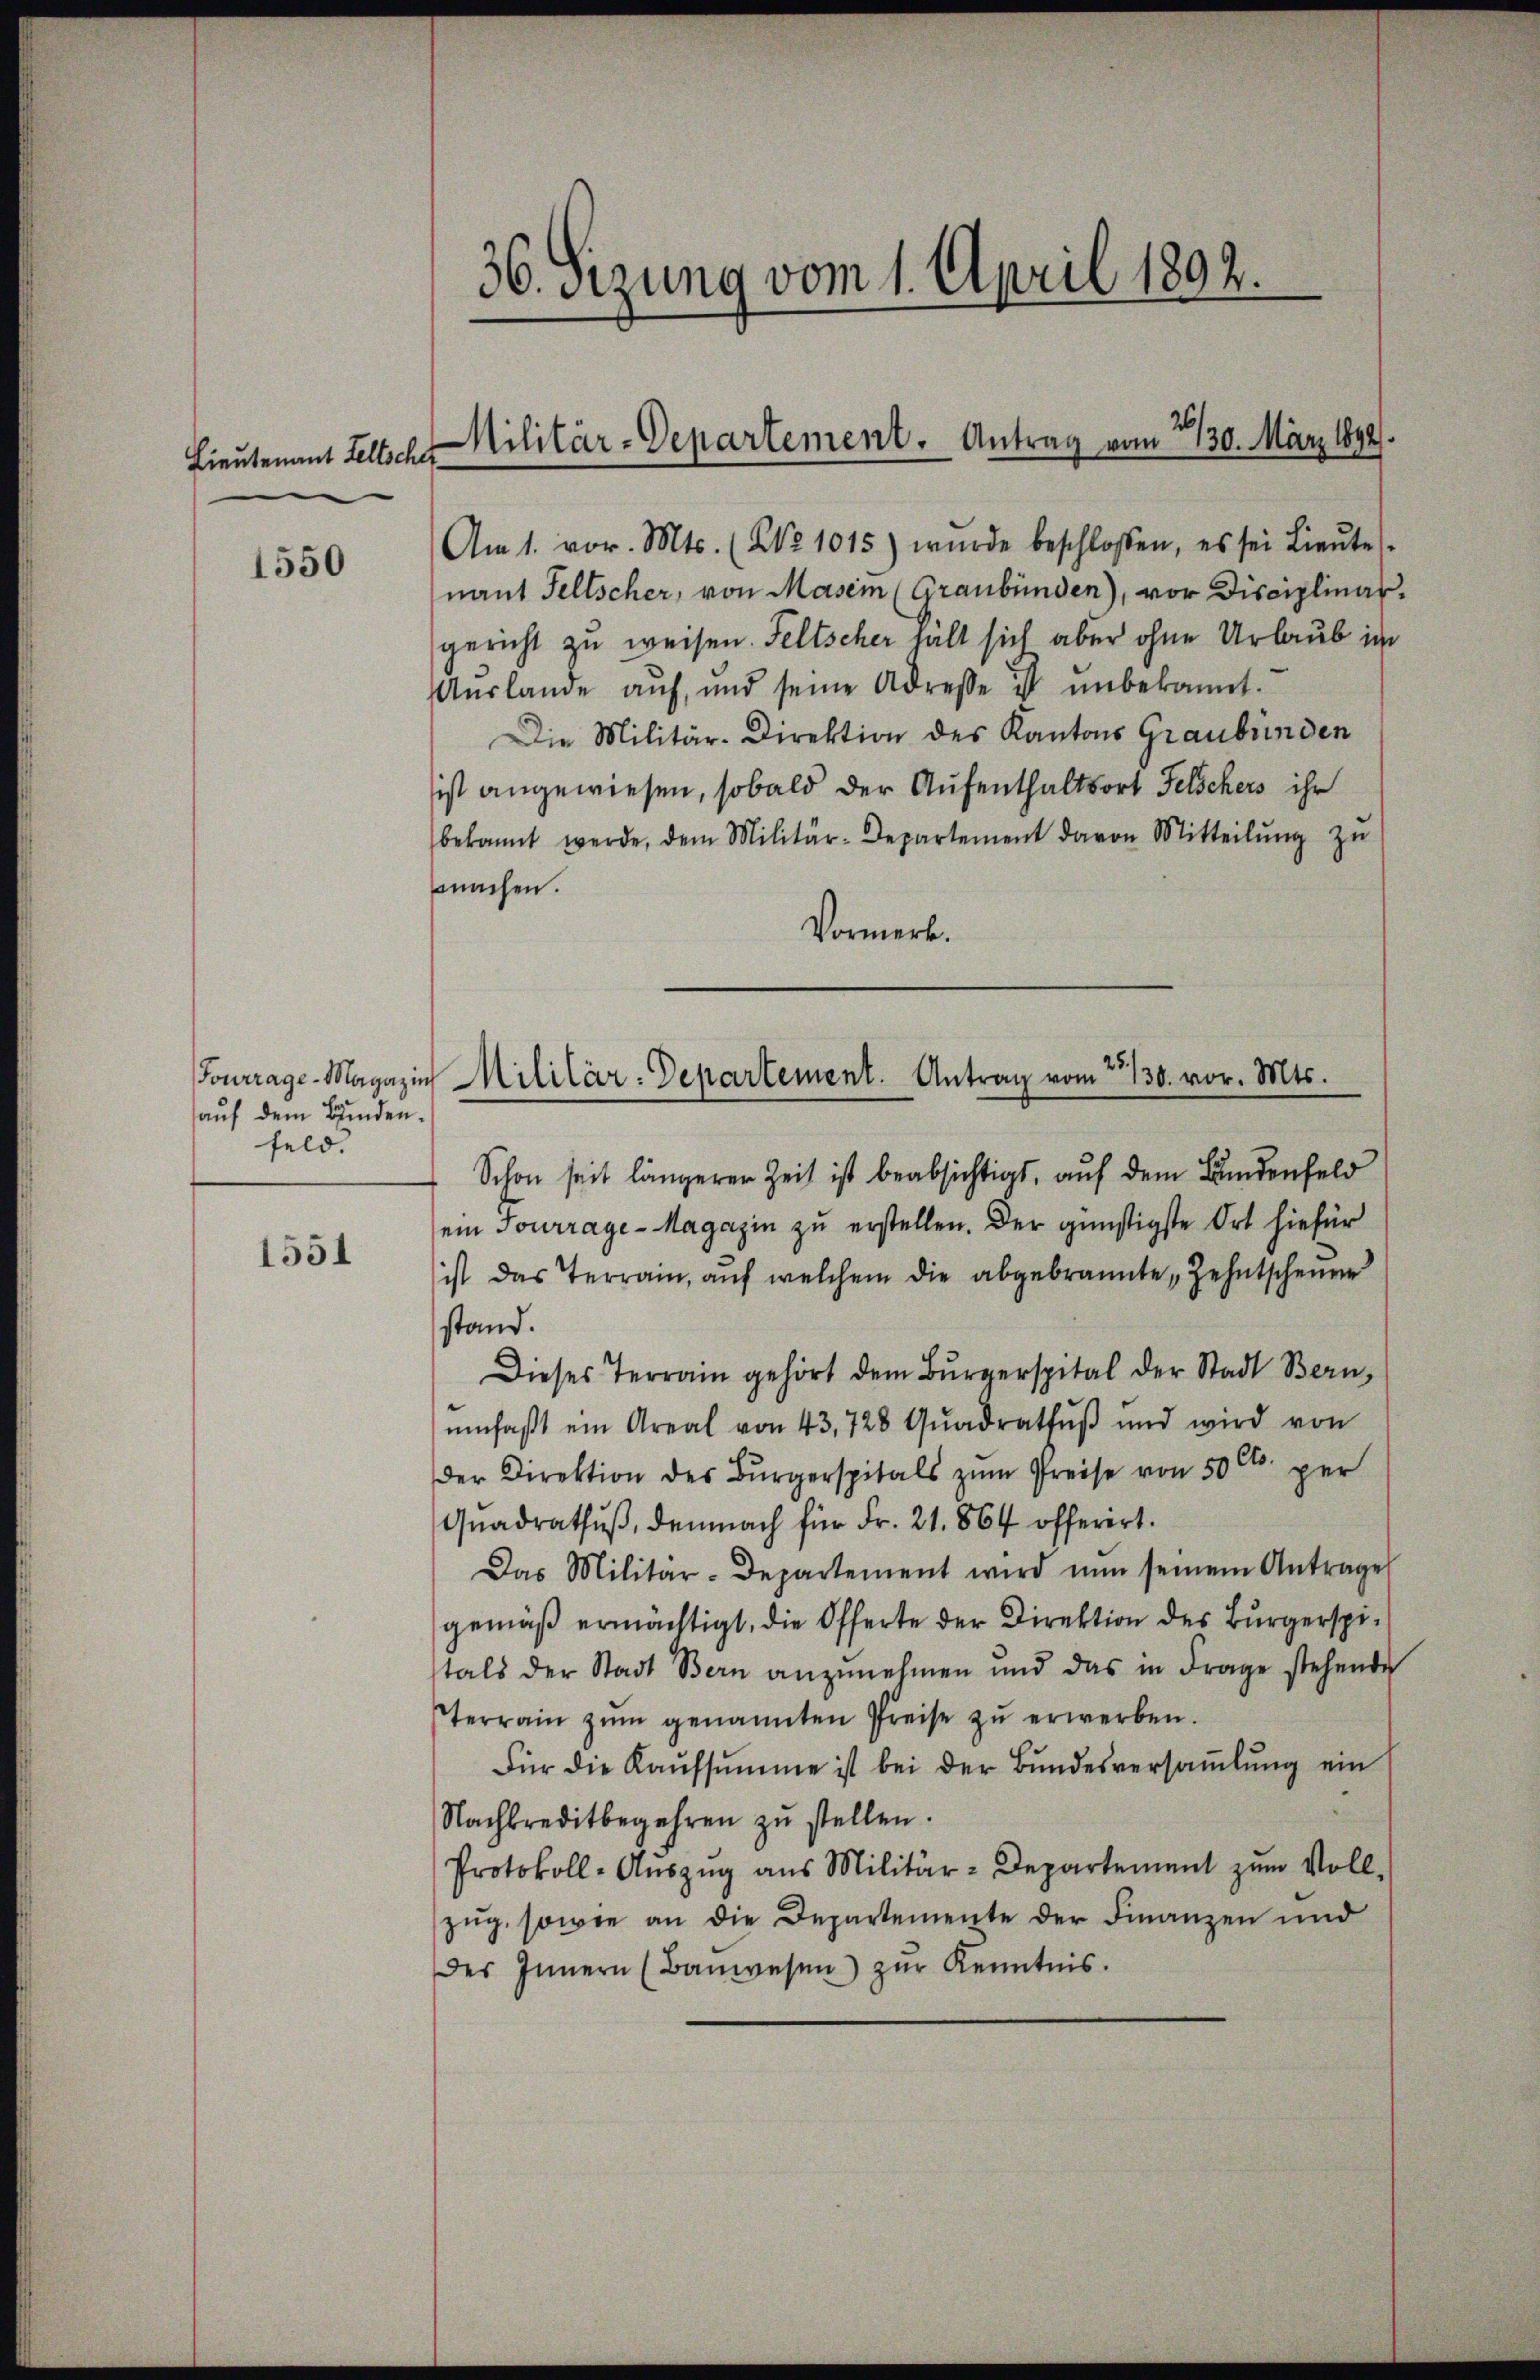
Lieutenant Keltsche

1550

Tourrage-Magazin
auf dem Bunden.
feld.

1551

36. Sizung vom 1. April 1892.

Am 1. vor. Mts. (No 1015) wurde beschlossen, es sei Lieŭte
nant Feltscher, von Masein (Graubünden), vor Disciplinar.
gericht zu weisen. Feltscher halt sich aber ohne Urlaub in
Aŭslange auf, und seine Adresse ist unbekannt.
Die Militär-Direktion des Kantons Graubünden
ist angewiesen, sobald der Aufenthaltsort Felschers ihr
bekannt werde, dem Militär-Departement davon Mitteilŭng zŭ
machen.
Vormerk.

Militär-Departement. Antrag vom 2130. März 1892.
f

Militär-Departement. Antrag vom 2. 130. vor. Mts.

Schon seit längerer Zeit ist beabsichtigt, auf dem Bundenfeld
ein Jourrage - Magazin zu erstellen. Der günstigste Ort hiefür
ist das Terrain, auf welchem die abgebrannte Zehntscheuere
stand.
Dieses Terrain gehört dem Bürgerspital der Stadt Bern,
ŭmfaβt ein Areal von 43. 728 Qŭadrathŭβ und wird von
der Direktion des Bürgerspitals zum Preise von 50 Cts. per
Quadrathŭβ, demnach für Fr. 21. 864 öfferert.
Das Militär-Departement wird nun seinem Antrage
gemäß ermächtigt, die Offerte der Direktion des Bürgerspitals der Stadt Bern anzŭnehmen und das in Frage stehende
terrain zŭm genannten Preise zŭ erwerben.
Für die Kaŭfsumme ist bei der Bŭndesversaṁlŭng ein
Nachkreditbegehren zŭ stellen.
Protokoll-Aŭszŭg ans Militär-Departement zŭm Voll-
zug, sowie an die Departemente der Finanzen und
des Innern (Bauwesen zŭr Kenntnis.